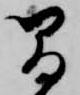
間